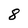
Character: 8